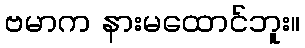
ဗမာက နားမထောင်ဘူး။